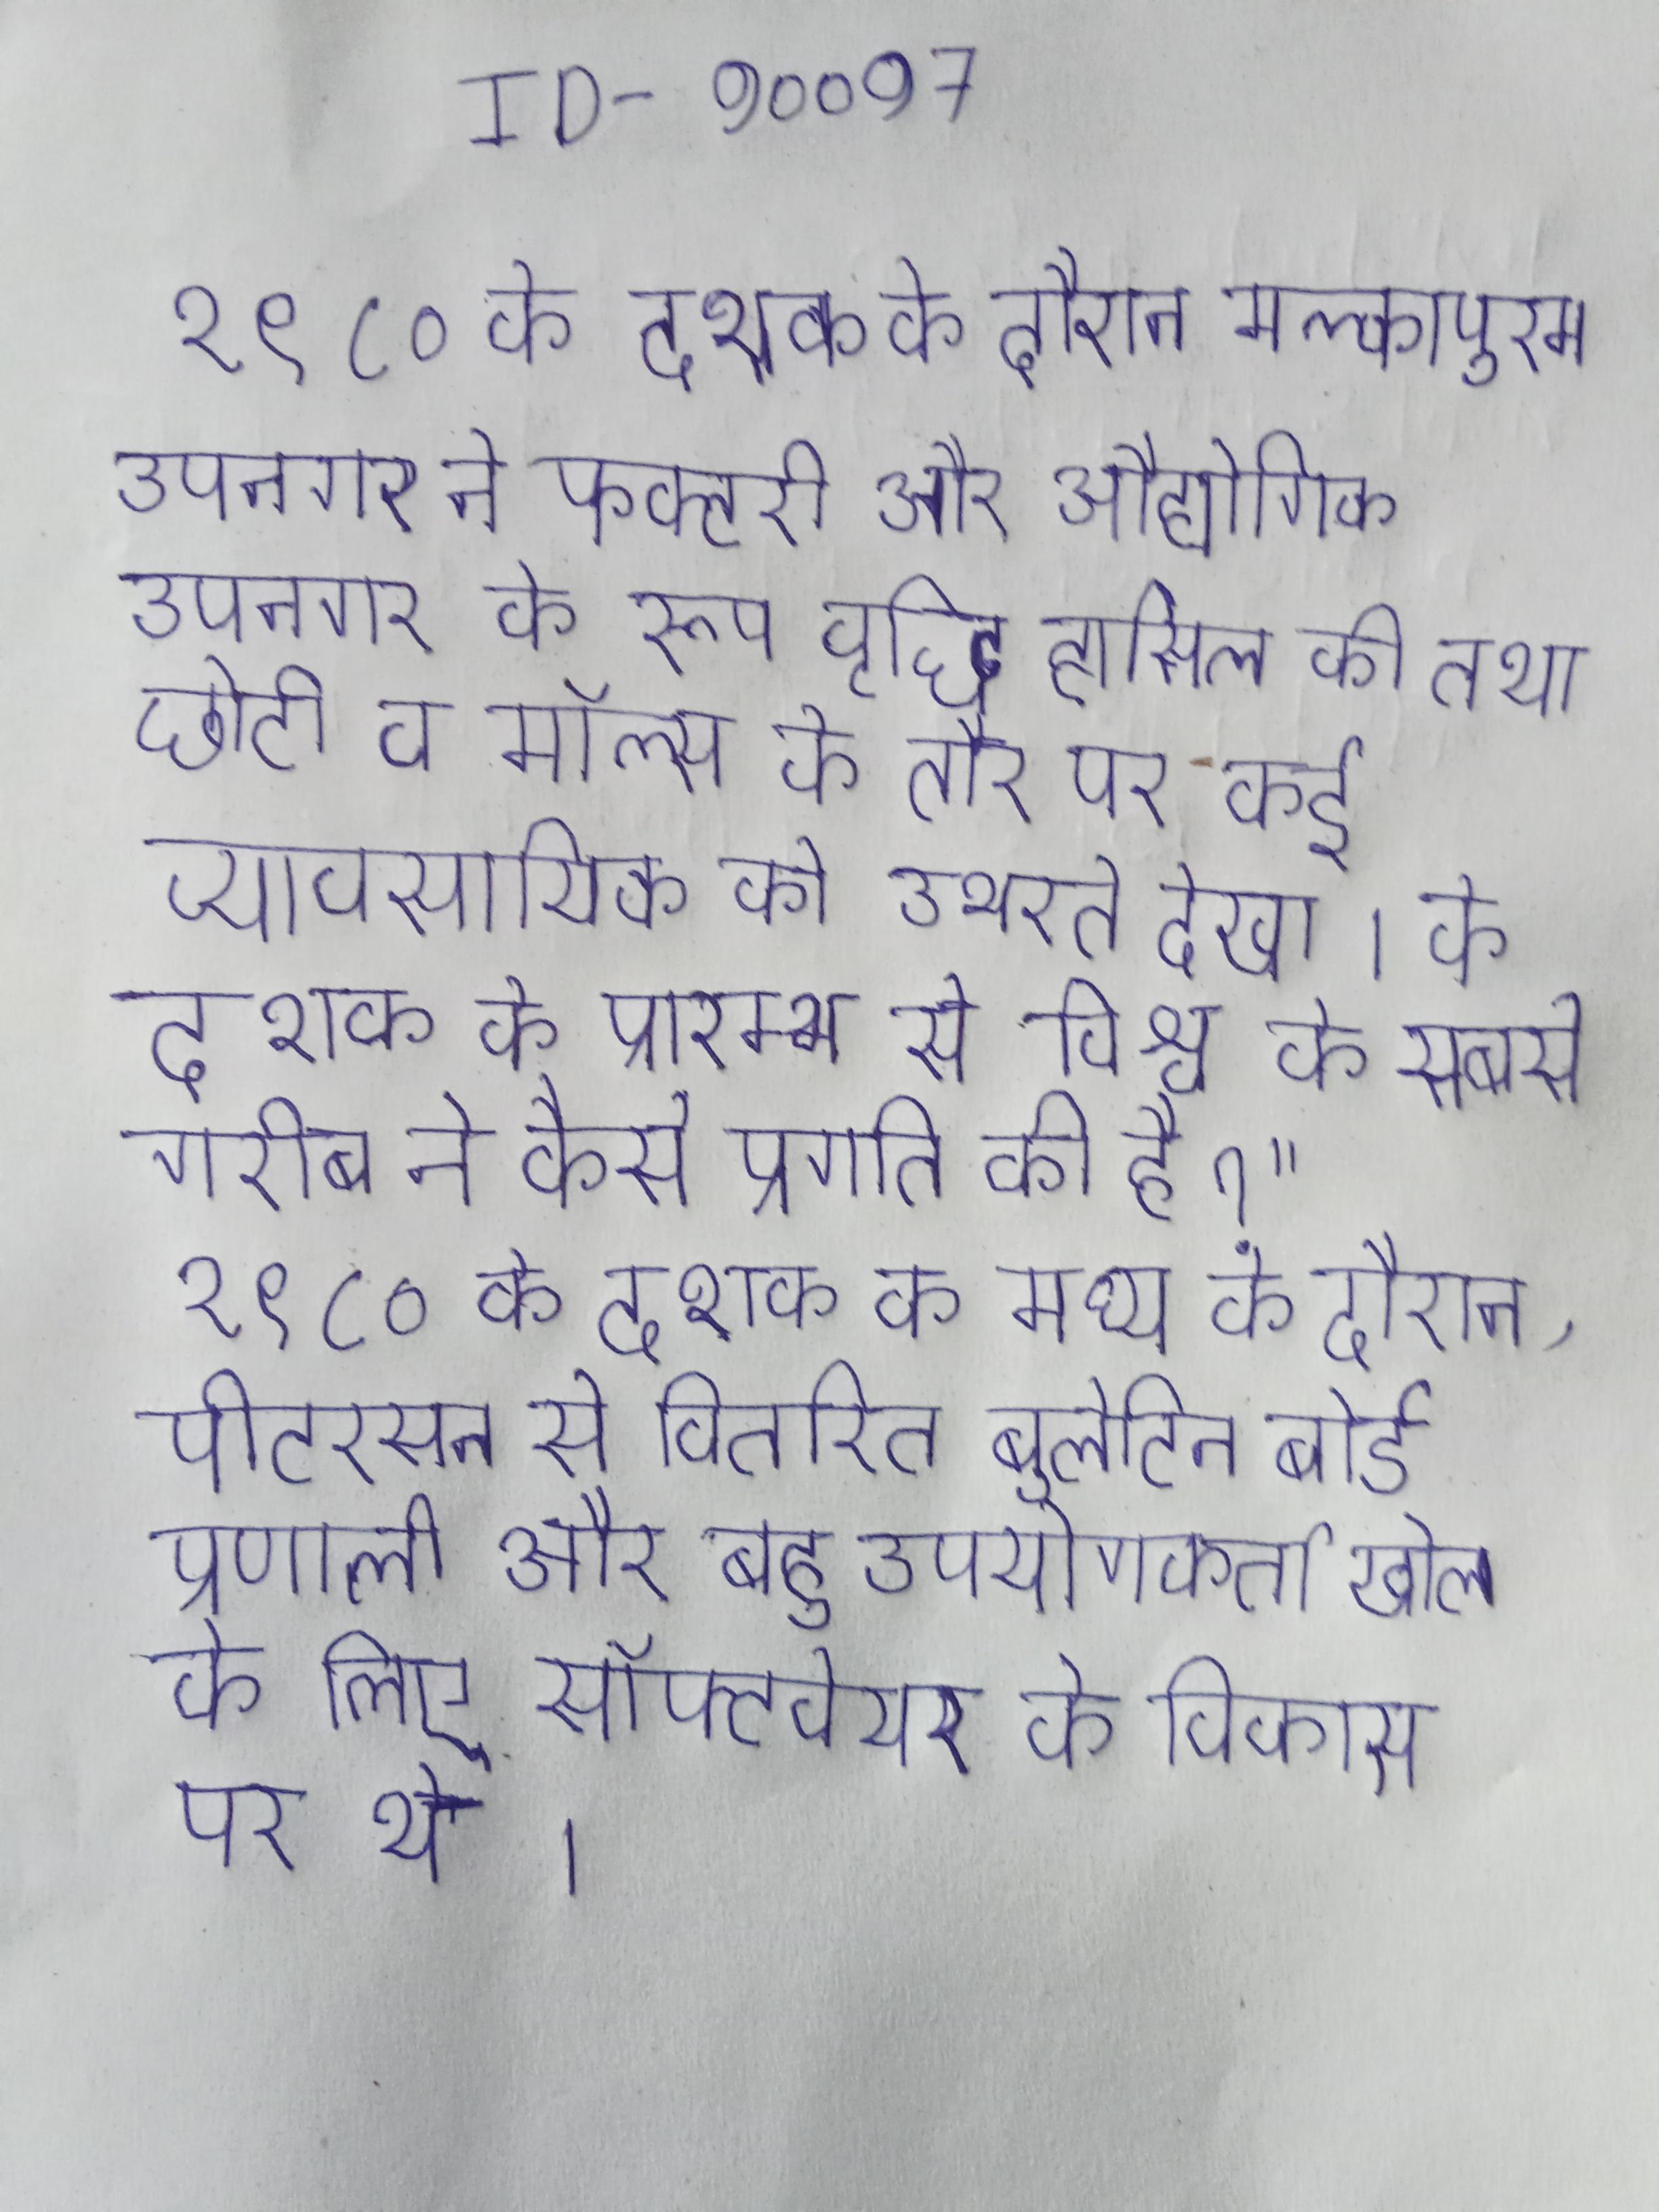
१९८० के दशक के दौरान मल्कापुरम उपनगर ने फैक्टरी और औद्योगिक उपनगर के रूप वृद्धि हासिल की तथा छोटी व मॉल्स के तौर पर कई व्यावसायिक को उभरते देखा । के दशक के प्रारम्भ से विश्व के सबसे गरीब ने कैसे प्रगति की है?" १९८० के दशक के मध्य के दौरान, पीटरसन से वितरित बुलेटिन बोर्ड प्रणाली और बहु उपयोगकर्ता खेल के लिए सॉफ्टवेयर के विकास पर थे ।